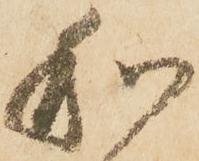
和